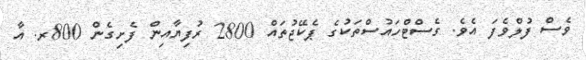
ވެސް ފުލްވެފަ އެވެ. ގެސްޓްހައުސްތަކުގެ ޕެކޭޖުތައް 2800 ރުފިޔާއިން ފެށިގެން 800ރ. އާ